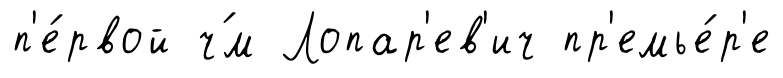
п'е́рвой ч́м Лопар'ев'ич пр'емье́р'е